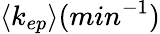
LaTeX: \langle k_{ep}\rangle(min^{-1})